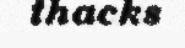
thacks